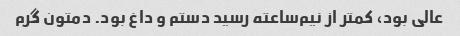
عالی بود، کمتر از نیم‌ساعته رسید دستم و داغ بود. دمتون گرم